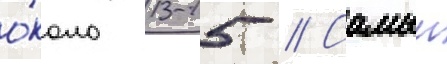
о́коло 13-15 // Самыи